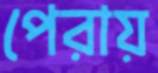
পেরায়